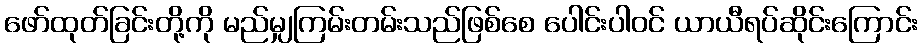
ဖော်ထုတ်ခြင်းတို့ကို မည်မျှကြမ်းတမ်းသည်ဖြစ်စေ ပေါင်းပါဝင် ယာယီရပ်ဆိုင်းကြောင်း